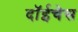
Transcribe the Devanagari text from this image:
दॉईचेस